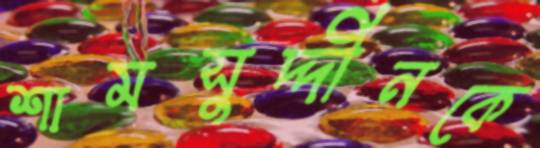
শামসুদ্দীনকে